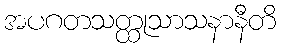
အပဂတသတ္ထုသာသနာနီတိ